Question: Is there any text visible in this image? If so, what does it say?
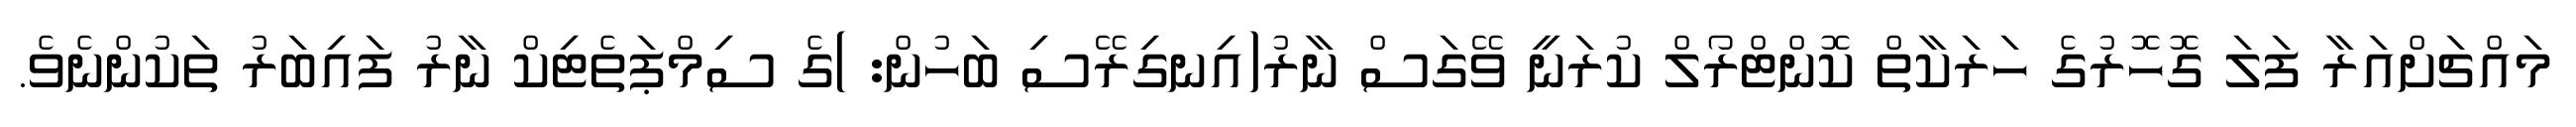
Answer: މައްޗަށްއަރާ ފަލަ ގޮހޮރުގެ ހަރަކާތް ކޮންޓްރޯލް ކުރަނީ ވޭގަސް ނާރު(އިނގިރޭސި ބަހުން: )ގެ ސިމްޕަތެޓިކް ނާރު ފައިބަރު ތަކުންނެވެ.